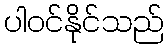
ပါဝင်နိုင်သည်